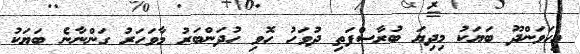
އިހަވަންދޫ ބަޔަކު މިދިޔަ ބުރާސްފަތި ދުވަހު ހޮވި ހުދަންބަރު މާވަހަރު ގަންނާނެ ބަޔަކު